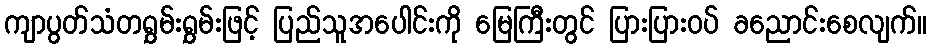
ကျာပွတ်သံတရွှမ်းရွှမ်းဖြင့် ပြည်သူအပေါင်းကို မြေကြီးတွင် ပြားပြားဝပ် ခညောင်းစေလျက်။